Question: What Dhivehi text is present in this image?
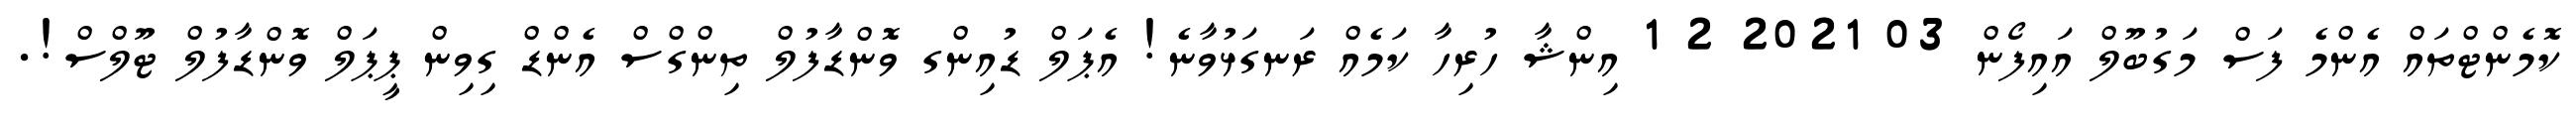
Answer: ކޮމެންޓްތައް އެންމެ ފަސް މަގުބޫލް އައިފޯން 03 2021 2 1 އިންޝާ ހުރިހާ ކަމެއް ރަނގަޅުވާނެ! އެޕަލް ޑުއިންގ ވޮންޑާފުލް ތިންގްސް އެންޑް ގިވިން ޕީޕަލް ވޮންޑާފުލް ޓޫލްސް!.